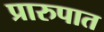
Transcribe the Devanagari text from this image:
प्रारुपात